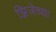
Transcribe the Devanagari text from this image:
झिजेच्या